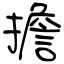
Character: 擔